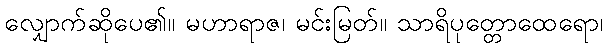
လျှောက်ဆိုပေ၏။ မဟာရာဇ၊ မင်းမြတ်။ သာရိပုတ္တောထေရော၊